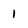
Character: 1